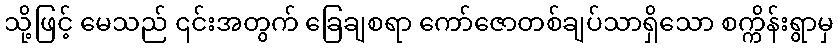
သို့ဖြင့် မေသည် ၎င်းအတွက် ခြေချစရာ ကော်ဇောတစ်ချပ်သာရှိသော စက္ကိန်းရွာမှ